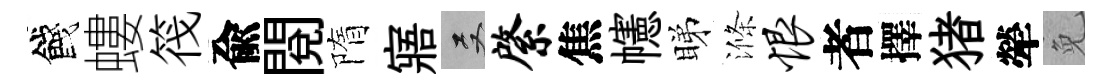
餞螻筏兪閲隋寤双綮焦幰睇滌恨者擇猪犖免